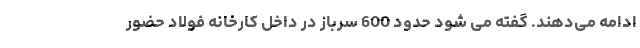
ادامه می‌دهند. گفته می شود حدود 600 سرباز در داخل کارخانه فولاد حضور